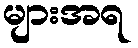
များအရ